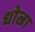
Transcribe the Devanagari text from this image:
धोल्रा